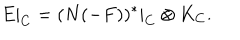
LaTeX: E | _ { C } = ( N ( - F ) ) ^ { * } | _ { C } \otimes K _ { C } .